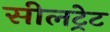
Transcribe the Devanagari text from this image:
सीलट्रेट